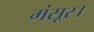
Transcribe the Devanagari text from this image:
मंसूर।